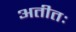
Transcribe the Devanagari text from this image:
अतीतः